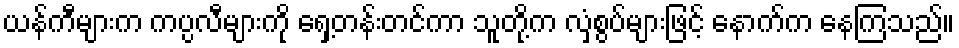
ယန်ကီများက ကပ္ပလီများကို ရှေ့တန်းတင်ကာ သူတို့က လှံစွပ်များဖြင့် နောက်က နေကြသည်။